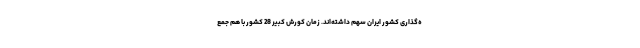
ه‌گذاری کشور ایران سهم داشته‌اند. زمان کورش کبیر 28 کشور با هم جمع